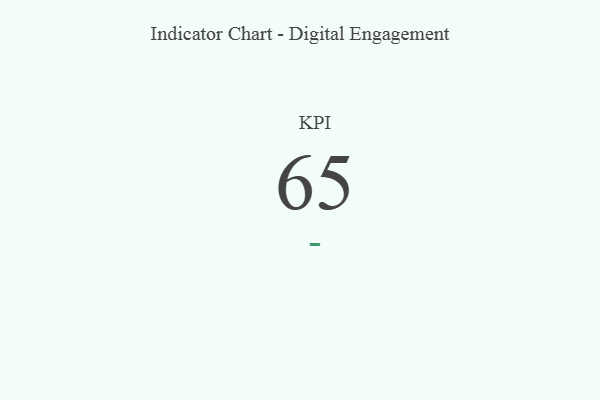
{"axis": {"x": "KPI", "y": "Value"}, "legend": [""], "data": [{"x": "KPI", "y": 65, "type": ""}]}